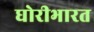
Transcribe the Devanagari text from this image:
घोरीभारत